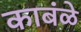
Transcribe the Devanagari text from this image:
काबंळे